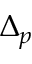
\Delta _ { p }